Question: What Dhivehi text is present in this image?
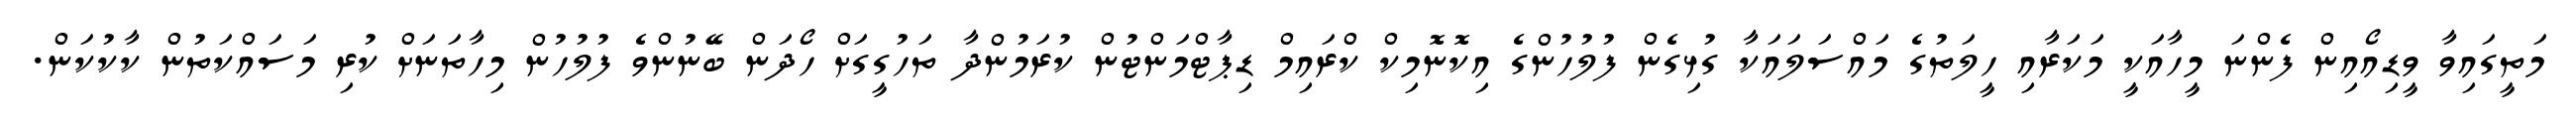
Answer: މަތީގައިވާ ވީޑިއޯއިން ފެންނަ މީހާއަކީ މަކަރާއި ހީލަތުގެ މައްސަލައަކާ ގުޅިގެން ފުލުހުންގެ އިކޮނޮމިކް ކްރައިމް ޑިޕާޓްމަންޓުން ކުރަމުންދާ ތަހުގީގަށް ހޯދަން ބޭނުންވެ ފުލުހުން މިހާތަނަށް ކުރި މަސައްކަތުން ކާކުކަން.